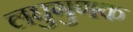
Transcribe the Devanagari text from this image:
लघुगुणक